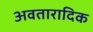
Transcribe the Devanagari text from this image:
अवतारादिक